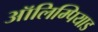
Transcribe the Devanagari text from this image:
ऑलिम्पियाड